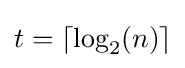
t=\lceil \log _{2}(n)\rceil